Code of medical and sanitary regulations for the guidance of medical officers serving in the Madras Presidency - Volume II
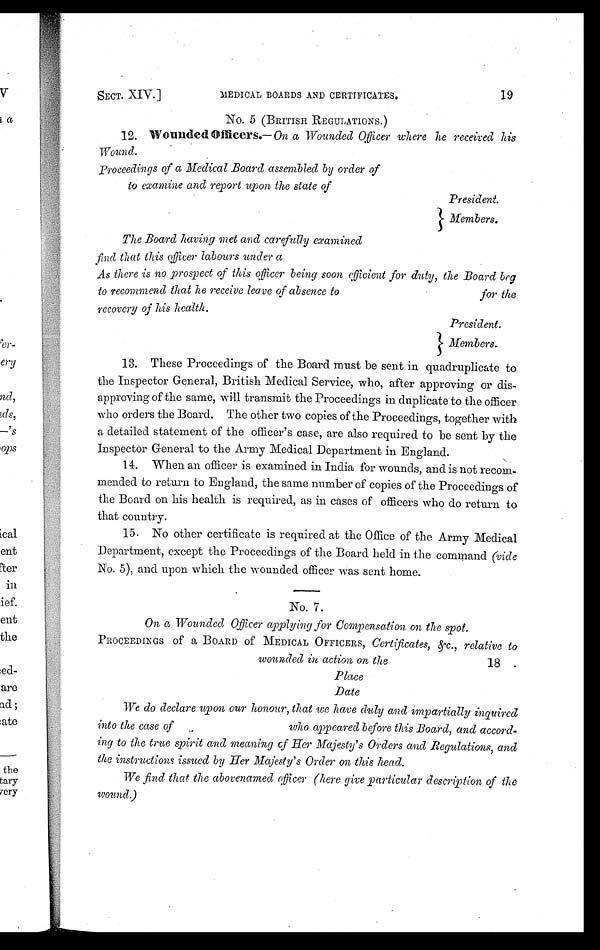
SECT. XIV.]
MEDICAL BOARDS AND CERTIFICATES.
19
No. 5 (BRITISH REGULATIONS.)
12. Wounded Officers.— On a Wounded Officer where he received his
Wound.
Proceedings of a .Medical Board assembled by order of
to examine and report upon the state of
President.
Members.
The Board having met and carefully examined
find that this officer labours under a
As there is no prospect of this officer being soon efficient for duty, the Board beg
to recommend that he receive leave of absence to for the
recovery of his health.
President.
Members,
13. These Proceedings of the Board must be sent in quadruplicate to
the Inspector General, British Medical Service, who, after approving or dis-
approving of the same, will transmit the Proceedings in duplicate to the officer
who orders the Board. The other two copies of the Proceedings, together with
a detailed statement of the officer's case, are also required to be sent by the
Inspector General to the Army Medical Department in England.
14. When an officer is examined in India for wounds, and is not recom-
mended to return to England, the same number of copies of the Proceedings of
the Board on his health is required, as in cases of officers who do return to
that country.
15. No other certificate is required at the Office of the Army Medical
Department, except the Proceedings of the Board held in the command (vide
No. 5), and upon which the wounded officer was sent home..
No. 7.
On a Wounded Officer applying for Compensation on the spot.
PROCEEDINGS of a BOARD of MEDICAL OFFICERS, Certificates, &c., relative to
wounded in action on the
18 .
Place
Date
We do declare upon our honour, that we have duly and impartially inquired
into the case of who appeared before this Board, and accord-
ing to the true spirit and meaning of Her Majesty' s Orders and Regulations, and
the instructions issued by Her Majesty's Order on this head.
We find that the abovenamed officer (here give particular description of the
wound)